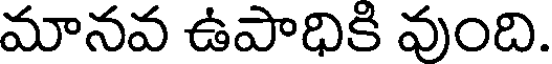
మానవ ఉపాధికి వుంది.